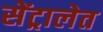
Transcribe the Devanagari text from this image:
सेंट्रालेत